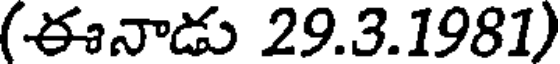
(ఈనాడు 29.3.1981)